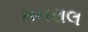
મનરાલ